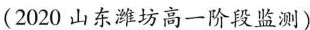
(2020 山东潍坊高一阶段监测)